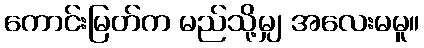
ကောင်းမြတ်က မည်သို့မျှ အလေးမမူ။